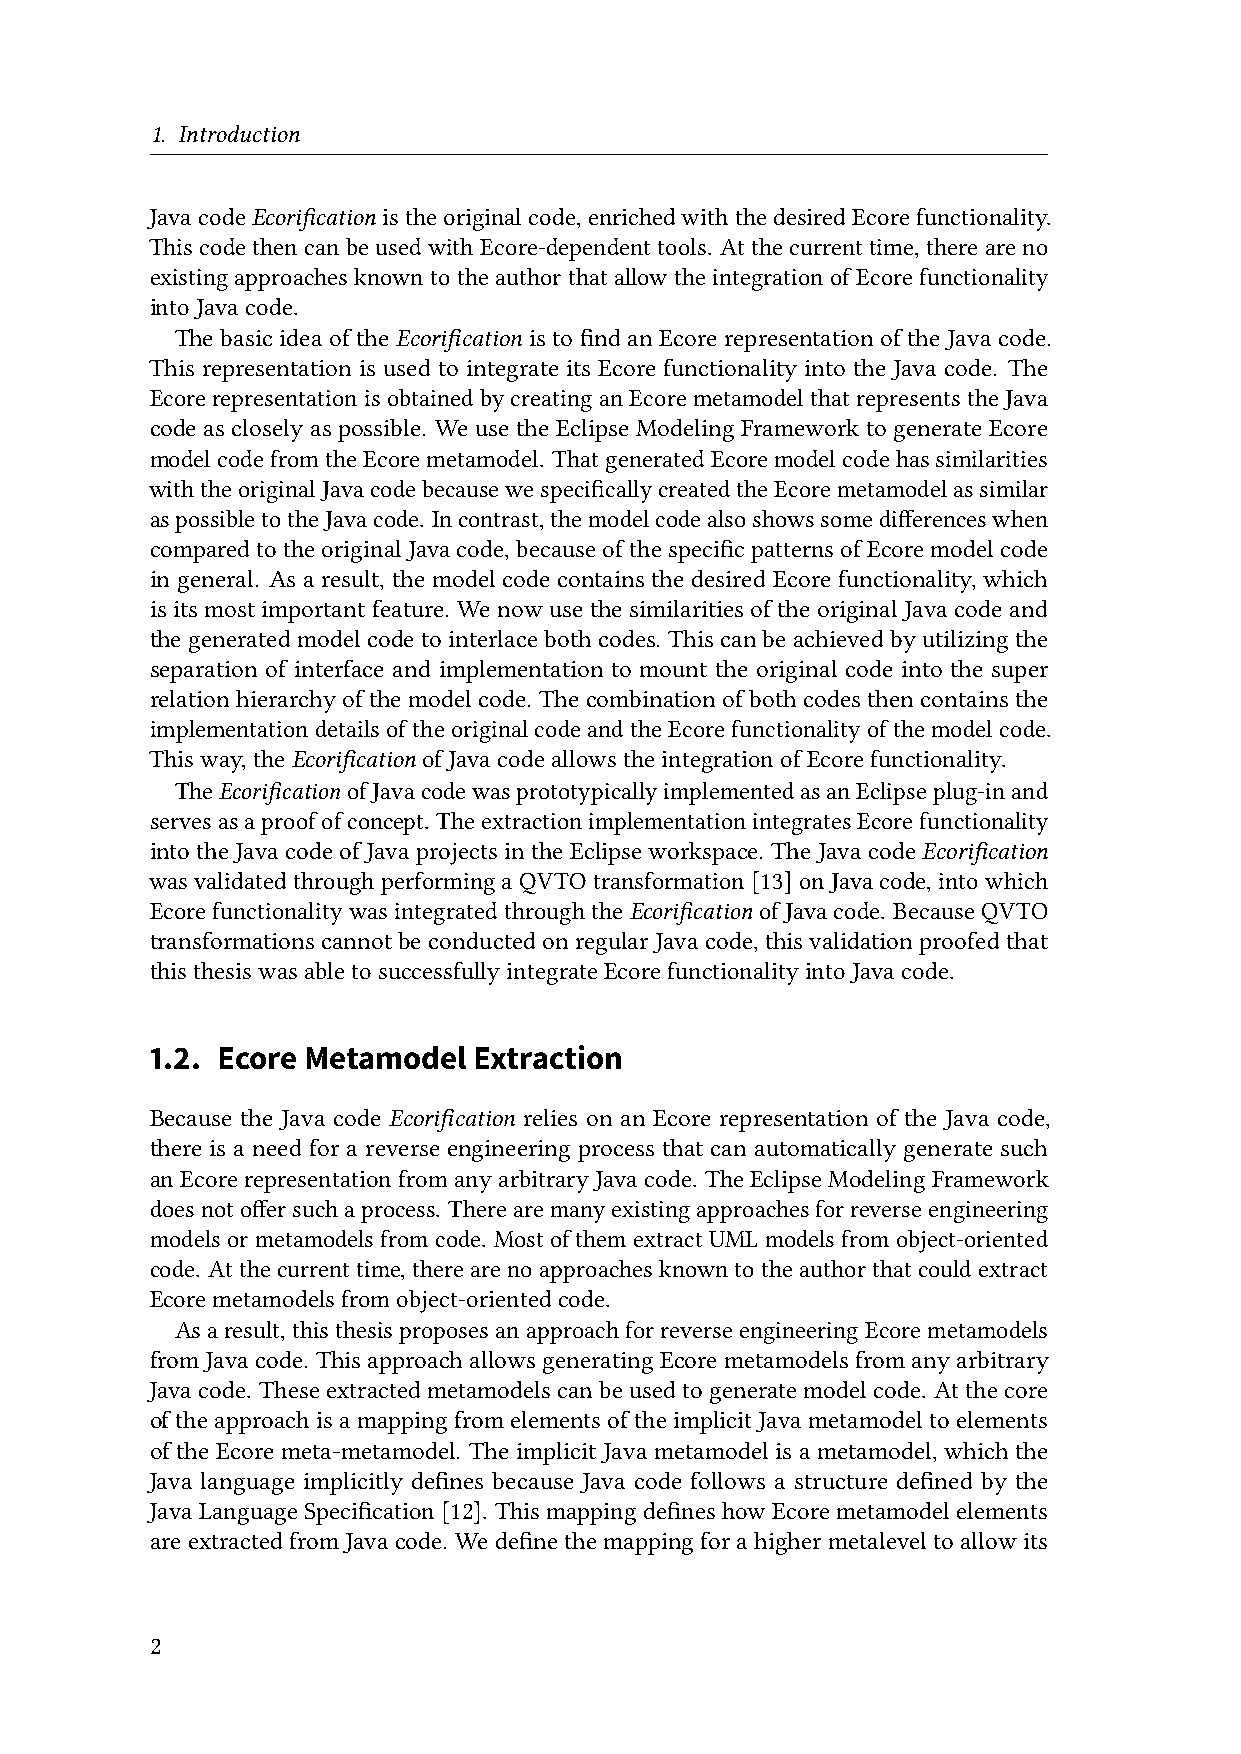
1. Introduction
 JavacodeEcorification istheoriginalcode,enrichedwiththedesiredEcorefunctionality.
 Thiscode thencanbeused withEcore-dependenttools. At thecurrenttime,there are no
 existingapproachesknowntotheauthorthatallowtheintegrationofEcorefunctionality
 intoJavacode.
 The basic idea of the Ecorification is to find an Ecore representation of the Java code.
 This representation is used to integrate its Ecore functionality into the Java code. The
 EcorerepresentationisobtainedbycreatinganEcoremetamodelthatrepresentstheJava
 code as closely as possible. We use the Eclipse Modeling Framework to generate Ecore
 modelcodefromtheEcoremetamodel. ThatgeneratedEcoremodelcodehassimilarities
 withtheoriginalJavacodebecausewespecificallycreatedtheEcoremetamodelassimilar
 aspossibletotheJavacode. Incontrast,themodelcodealsoshowssomedifferenceswhen
 comparedtotheoriginalJavacode,becauseofthespecificpatternsofEcoremodelcode
 in general. As a result, the model code contains the desired Ecore functionality, which
 is its most important feature. We now use the similarities of the original Java code and
 thegeneratedmodelcodetointerlacebothcodes. Thiscanbeachievedbyutilizingthe
 separation of interface and implementation to mount the original code into the super
 relation hierarchy of themodel code. The combination of both codes then containsthe
 implementationdetailsoftheoriginalcodeandtheEcorefunctionalityofthemodelcode.
 Thisway,theEcorification ofJavacodeallowstheintegrationofEcorefunctionality.
 TheEcorificationofJavacodewasprototypicallyimplementedasanEclipseplug-inand
 servesasaproofofconcept. TheextractionimplementationintegratesEcorefunctionality
 intotheJava codeofJavaprojectsin theEclipseworkspace. TheJava codeEcorification
 wasvalidatedthroughperformingaQVTOtransformation[13]onJavacode,intowhich
 EcorefunctionalitywasintegratedthroughtheEcorification ofJavacode. BecauseQVTO
 transformationscannotbeconductedonregularJavacode,thisvalidationproofedthat
 thisthesiswasabletosuccessfullyintegrateEcorefunctionalityintoJavacode.
 1.2. Ecore Metamodel Extraction
 Because the Java code Ecorification relies on an Ecore representation of the Java code,
 there is a need for a reverse engineering process that can automatically generate such
 anEcorerepresentationfromanyarbitraryJavacode. TheEclipseModelingFramework
 doesnotoffersuchaprocess. Therearemanyexistingapproachesforreverseengineering
 modelsormetamodelsfromcode. MostofthemextractUMLmodelsfromobject-oriented
 code. Atthecurrenttime,therearenoapproachesknowntotheauthorthatcouldextract
 Ecoremetamodelsfromobject-orientedcode.
 Asaresult,thisthesisproposesanapproachforreverseengineeringEcoremetamodels
 from Java code. This approach allows generating Ecore metamodels from any arbitrary
 Javacode. Theseextractedmetamodels canbeusedtogeneratemodelcode. Atthecore
 oftheapproachisamappingfromelementsoftheimplicitJavametamodeltoelements
 of the Ecore meta-metamodel. The implicit Java metamodel is a metamodel, which the
 Java language implicitly defines because Java code follows a structure defined by the
 Java LanguageSpecification [12]. This mappingdefines how Ecoremetamodel elements
 areextractedfromJavacode. Wedefinethemappingforahighermetaleveltoallowits
 2